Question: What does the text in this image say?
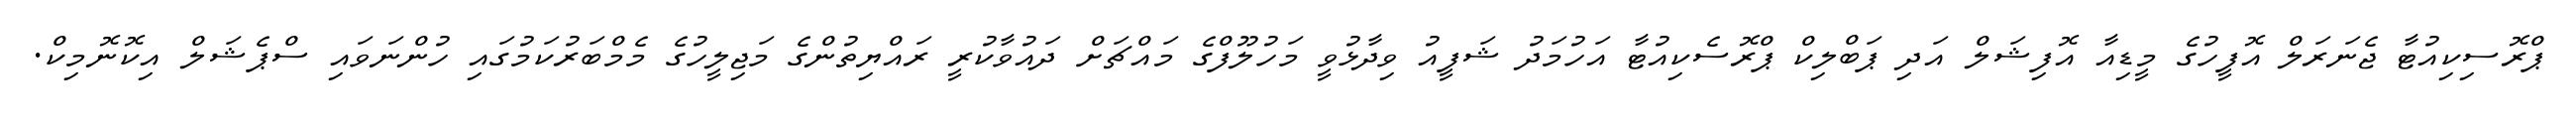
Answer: ޕްރޮސިކިއުޓާ ޖެނަރަލް އޮފީހުގެ މީޑިއާ އޮފިޝަލް އަދި ޕަބްލިކް ޕްރޮސެކިއުޓާ އަހުމަދު ޝަފީއު ވިދާޅުވީ މަހުލޫފްގެ މައްޗަށް ދައުވާކުރީ ރައްޔިތުންގެ މަޖިލީހުގެ މެމްބަރުކަމުގައި ހުންނަވައި ސްޕެޝަލް އިކޮނޮމިކް.